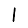
Digit: 1